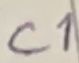
Text: C1